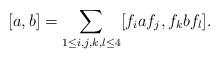
LaTeX: \begin{align*}[a,b]=\sum_{1\leq i,j,k,l\leq 4}[f_iaf_j,f_kbf_l].\end{align*}